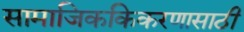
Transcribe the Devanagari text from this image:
सामाजिककिकरणासाठी